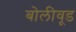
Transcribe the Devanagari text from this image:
बोलीवूड